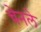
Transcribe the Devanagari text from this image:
चेनले